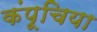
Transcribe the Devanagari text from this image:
कंपूचिया